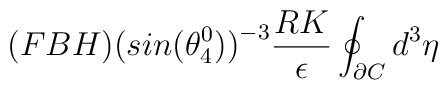
\hspace{1.5in}(FBH)\big{(}sin(\theta_4^0)\big{)}^{-3}\frac{RK}{\epsilon}\oint_{\partial C}d^3{\eta} \hspace{2.0in}